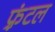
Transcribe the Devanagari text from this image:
फ़्रंटल